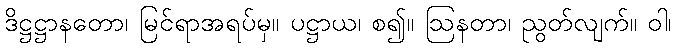
ဒိဋ္ဌဋ္ဌာနတော၊ မြင်ရာအရပ်မှ။ ပဋ္ဌာယ၊ စ၍။ ဩနတာ၊ ညွတ်လျက်။ ဝါ၊